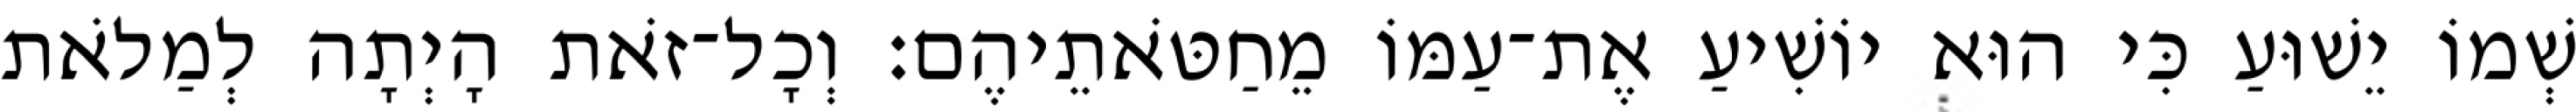
שְׁמוֹ יֵשׁוּעַ כִּי הוּא יוֹשִׁיעַ אֶת־עַמּוֹ מֵחַטֹּאתֵיהֶם׃ וְכָל־זֹאת הָיְתָה לְמַלֹאת